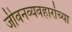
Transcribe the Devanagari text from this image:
जीवनव्यवहारांच्या